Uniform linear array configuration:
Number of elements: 24
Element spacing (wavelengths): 1
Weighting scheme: binomial
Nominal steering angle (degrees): -30
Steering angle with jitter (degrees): -29.45
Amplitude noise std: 0.05
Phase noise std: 0.05

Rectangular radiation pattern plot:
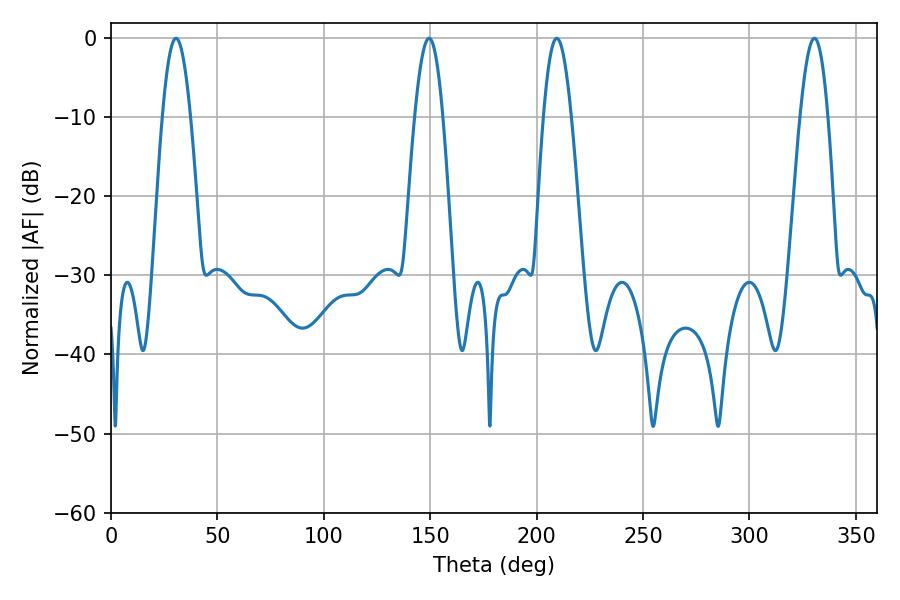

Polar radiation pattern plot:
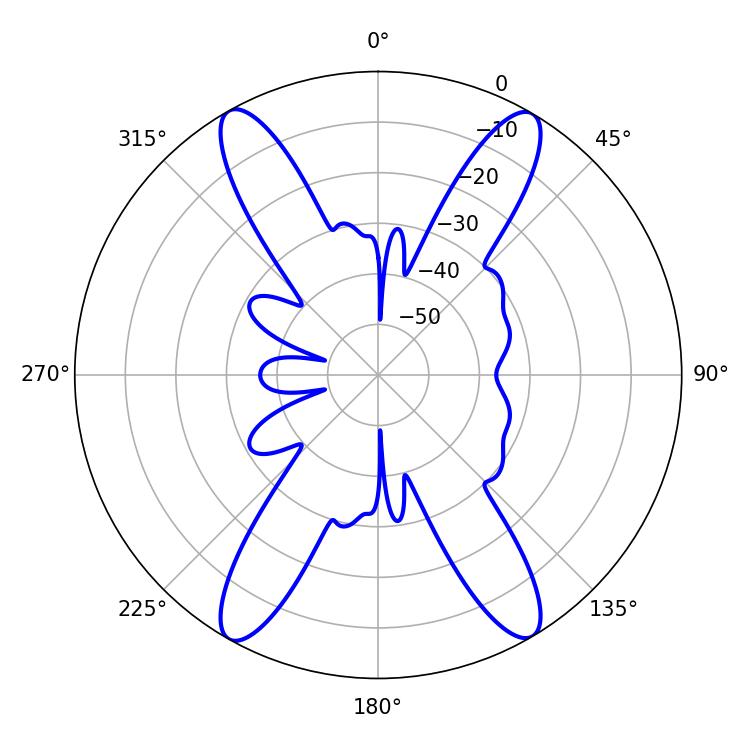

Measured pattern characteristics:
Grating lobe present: TRUE
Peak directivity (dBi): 25.227
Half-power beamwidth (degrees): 7.2
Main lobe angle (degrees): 149.4